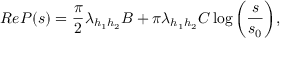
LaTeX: R e P ( s ) = \frac { \pi } { 2 } \lambda _ { h _ { 1 } h _ { 2 } } B + \pi \lambda _ { h _ { 1 } h _ { 2 } } C \log { \left( { \frac { s } { s _ { 0 } } } \right) } ,